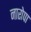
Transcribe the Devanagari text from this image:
नारोपा